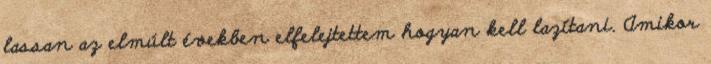
lassan az elmúlt években elfelejtettem hogyan kell lazítani. Amikor